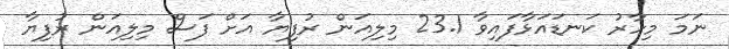
ނަމަ މިހާރު ކަނޑައަޅާފައިވާ 23.1 މިލިއަން ރުފިޔާ އަށް ފަސް މިލިއަން ރުފިޔާ